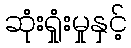
ဆုံးရှုံးမှုနှင့်